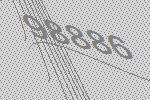
98886